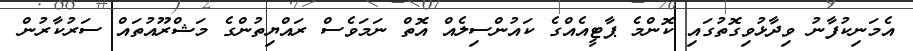
އެމަނިކުފާނު ވިދާޅުވިގޮތުގައި ކޮންމެ ޕާޓީއެއްގެ ކައުންސިލެއް އޮތް ނަމަވެސް ރައްޔިތުންގެ މަޝްރޫއުތައް ސަރުކާރުން